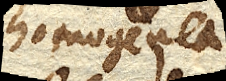
homogenea